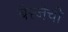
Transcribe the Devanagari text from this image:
बेरजेची